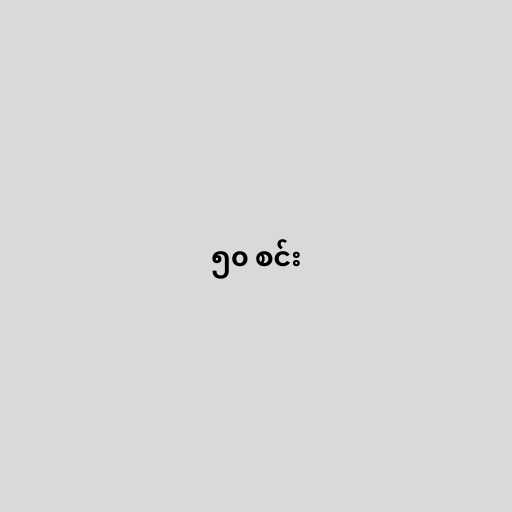
၅၀ စင်း